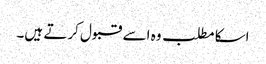
اسکا مطلب وہ اسے قبول کرتے ہیں۔